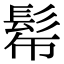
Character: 𩬓